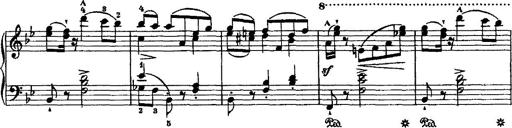
Title: Grande valse di bravura
Composer: Franz Liszt